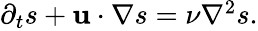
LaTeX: \begin{array}{r}{\partial_{t}s+\mathbf{u}\cdot\nabla s=\nu\nabla^{2}s.}\end{array}